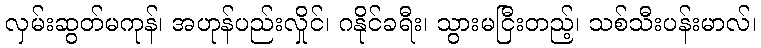
လှမ်းဆွတ်မကုန်၊ အဟုန်ပည်းလှိုင်၊ ဂနိုင်ခရီး၊ သွားမငြီးတည့်၊ သစ်သီးပန်းမာလ်၊